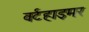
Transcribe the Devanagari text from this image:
वर्टहाइमर